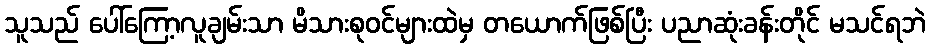
သူသည် ပေါ်ကြော့လူချမ်းသာ မိသားစုဝင်များထဲမှ တယောက်ဖြစ်ပြီး ပညာဆုံးခန်းတိုင် မသင်ရဘဲ